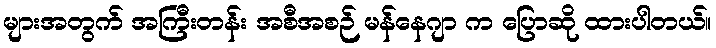
များအတွက် အကြီးတန်း အစီအစဉ် မန်နေဂျာ က ပြောဆို ထားပါတယ်။